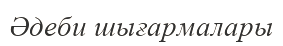
Әдеби шығармалары